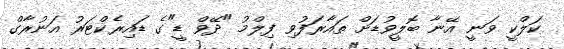
ކަލްކީ ވަނީ އޭނާ ބޮލީވުޑަށް ތައާރަފުވި ފިލްމު "ދޭވް ޑީ"ގެ ޑައިރެކްޓަރު އަނުރާގް